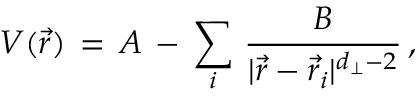
V ( { \vec { r } } ) \, = \, A \, - \, \sum _ { i } \, { \frac { B } { | { \vec { r } } - { \vec { r } } _ { i } | ^ { d _ { \perp } - 2 } } } \, ,